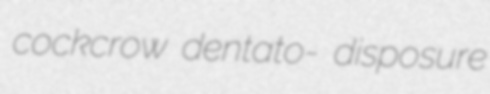
cockcrow dentato- disposure